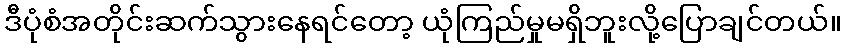
ဒီပုံစံအတိုင်းဆက်သွားနေရင်တော့ ယုံကြည်မှုမရှိဘူးလို့ပြောချင်တယ်။